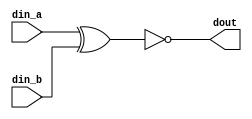
`timescale 1ns/10ps

module xnor_gate(
    din_a,
    din_b,
    dout
);

input din_a, din_b;
output dout;

assign dout = ~(din_a ^ din_b);

endmodule